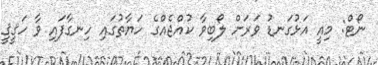
ނޯޓް: މިއީ އަޅުގަނޑު ވަރަށް ލޯބިވާ ކުއްޖެއްގެ ހަޔާތުގައި ހިނގާފައި ވާ ހަޤީޤީ